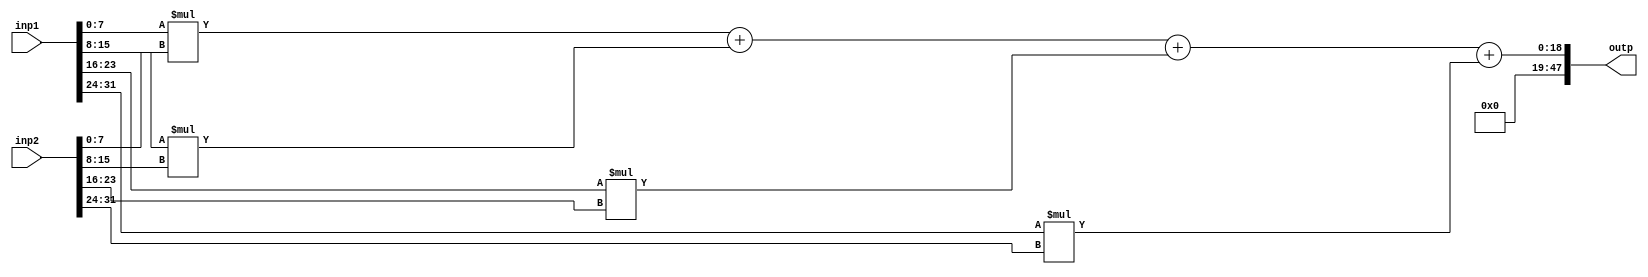
module inner_product
  #(parameter
      N = 4,
      DW = 8
  )
  (
      input wire[(DW * N) -1 : 0] inp1,
      input wire[(DW * N) -1 : 0] inp2,
      output wire[(2*DW + $bits(N)) - 1 : 0] outp
  );

  //locals
  genvar i;
  wire [(2*DW + $bits(N)) - 1 : 0] sums[0 : N - 1]; // intermediate product sums

  ///compute
  assign sums[0] = inp1[DW - 1 : 0] * inp2[DW - 1 : 0];

  generate 
      for (i = 1; i < N; i = i + 1) begin: sum_loop
          assign sums[i] = sums[i-1] + inp1[ (i + 1) * DW - 1 : i * DW ] * inp2[ (i + 1) * DW - 1 : i * DW ];
      end
  endgenerate

  assign outp = sums[N-1]; 


endmodule